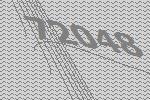
72048